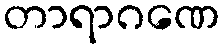
တာရာဂဏေ